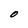
Character: O